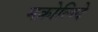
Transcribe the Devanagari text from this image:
मक्रोलिदे